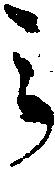
之